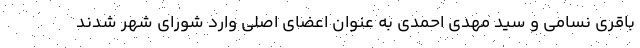
باقری نسامی و سید مهدی احمدی به عنوان اعضای اصلی وارد شورای شهر شدند